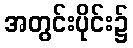
အတွင်းပိုင်း၌